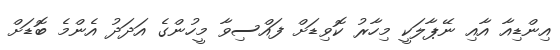
އިންޑިއާ އާއި ނޭޕާލަކީ މިހާރު ކޮވިޑަށް ފައްސިވާ މީހުންގެ އަދަދު އެންމެ ބޮޑަށް